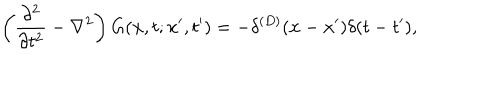
LaTeX: \left( { \frac { \partial ^ { 2 } } { \partial t ^ { 2 } } } - \nabla ^ { 2 } \right) G ( { \bf x } , t ; { \bf x } ^ { \prime } , t ^ { \prime } ) = - \delta ^ { ( D ) } ( { \bf x } - { \bf x } ^ { \prime } ) \delta ( t - t ^ { \prime } ) ,